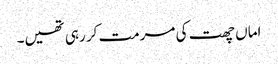
اماں چھت کی مرمت کر رہی تھیں۔